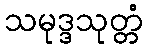
သမုဒ္ဒသုတ္တံ